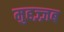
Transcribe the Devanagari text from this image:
मुहज़्ज़ब